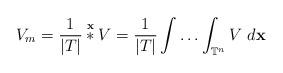
LaTeX: \begin{align*}V_{m}=\dfrac{1}{\vert T\vert}\overset{\textbf{x}}{\ast}V=\dfrac{1}{\vert T\vert}\int \ldots\int_{\mathbb{T}^{n}}V \ d\textbf{x}\end{align*}